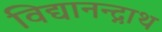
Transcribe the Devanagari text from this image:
विद्यानन्द्नाथ